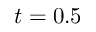
t = 0 . 5